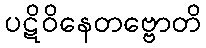
ပဋိဝိနေတဗ္ဗောတိ